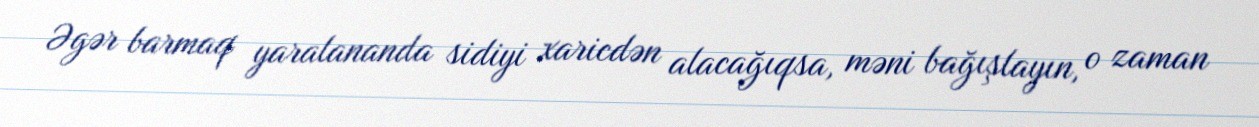
Əgər barmaq yaralananda sidiyi xaricdən alacağıqsa, məni bağışlayın, o zaman